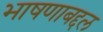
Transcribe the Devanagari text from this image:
भाषणाबद्दल